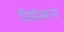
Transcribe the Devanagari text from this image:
रिप्रेसन